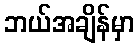
ဘယ်အချိန်မှာ